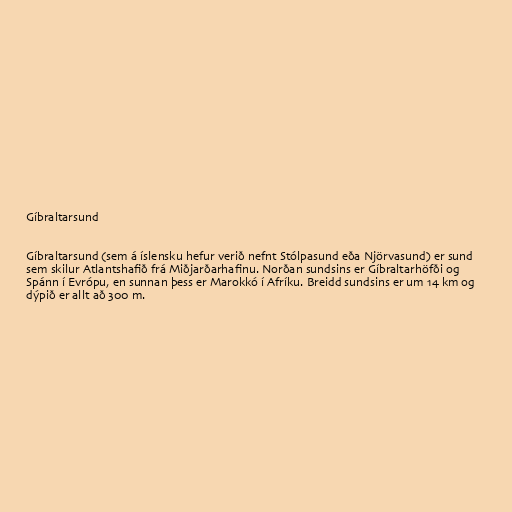
Gíbraltarsund

Gíbraltarsund (sem á íslensku hefur verið nefnt Stólpasund eða Njörvasund) er sund
sem skilur Atlantshafið frá Miðjarðarhafinu. Norðan sundsins er Gíbraltarhöfði og
Spánn í Evrópu, en sunnan þess er Marokkó í Afríku. Breidd sundsins er um 14 km og
dýpið er allt að 300 m.